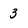
Character: 3